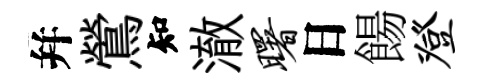
幷鶯知澈曙日餳登